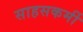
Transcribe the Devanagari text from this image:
साहसकर्मी